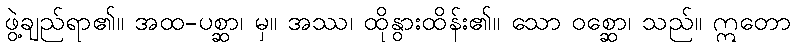
ဖွဲ့ချည်ရာ၏။ အထ-ပစ္ဆာ၊ မှ။ အဿ၊ ထိုနွားထိန်း၏။ သော ဝစ္ဆော၊ သည်။ ဣတော